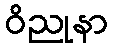
ဝိညုနာ